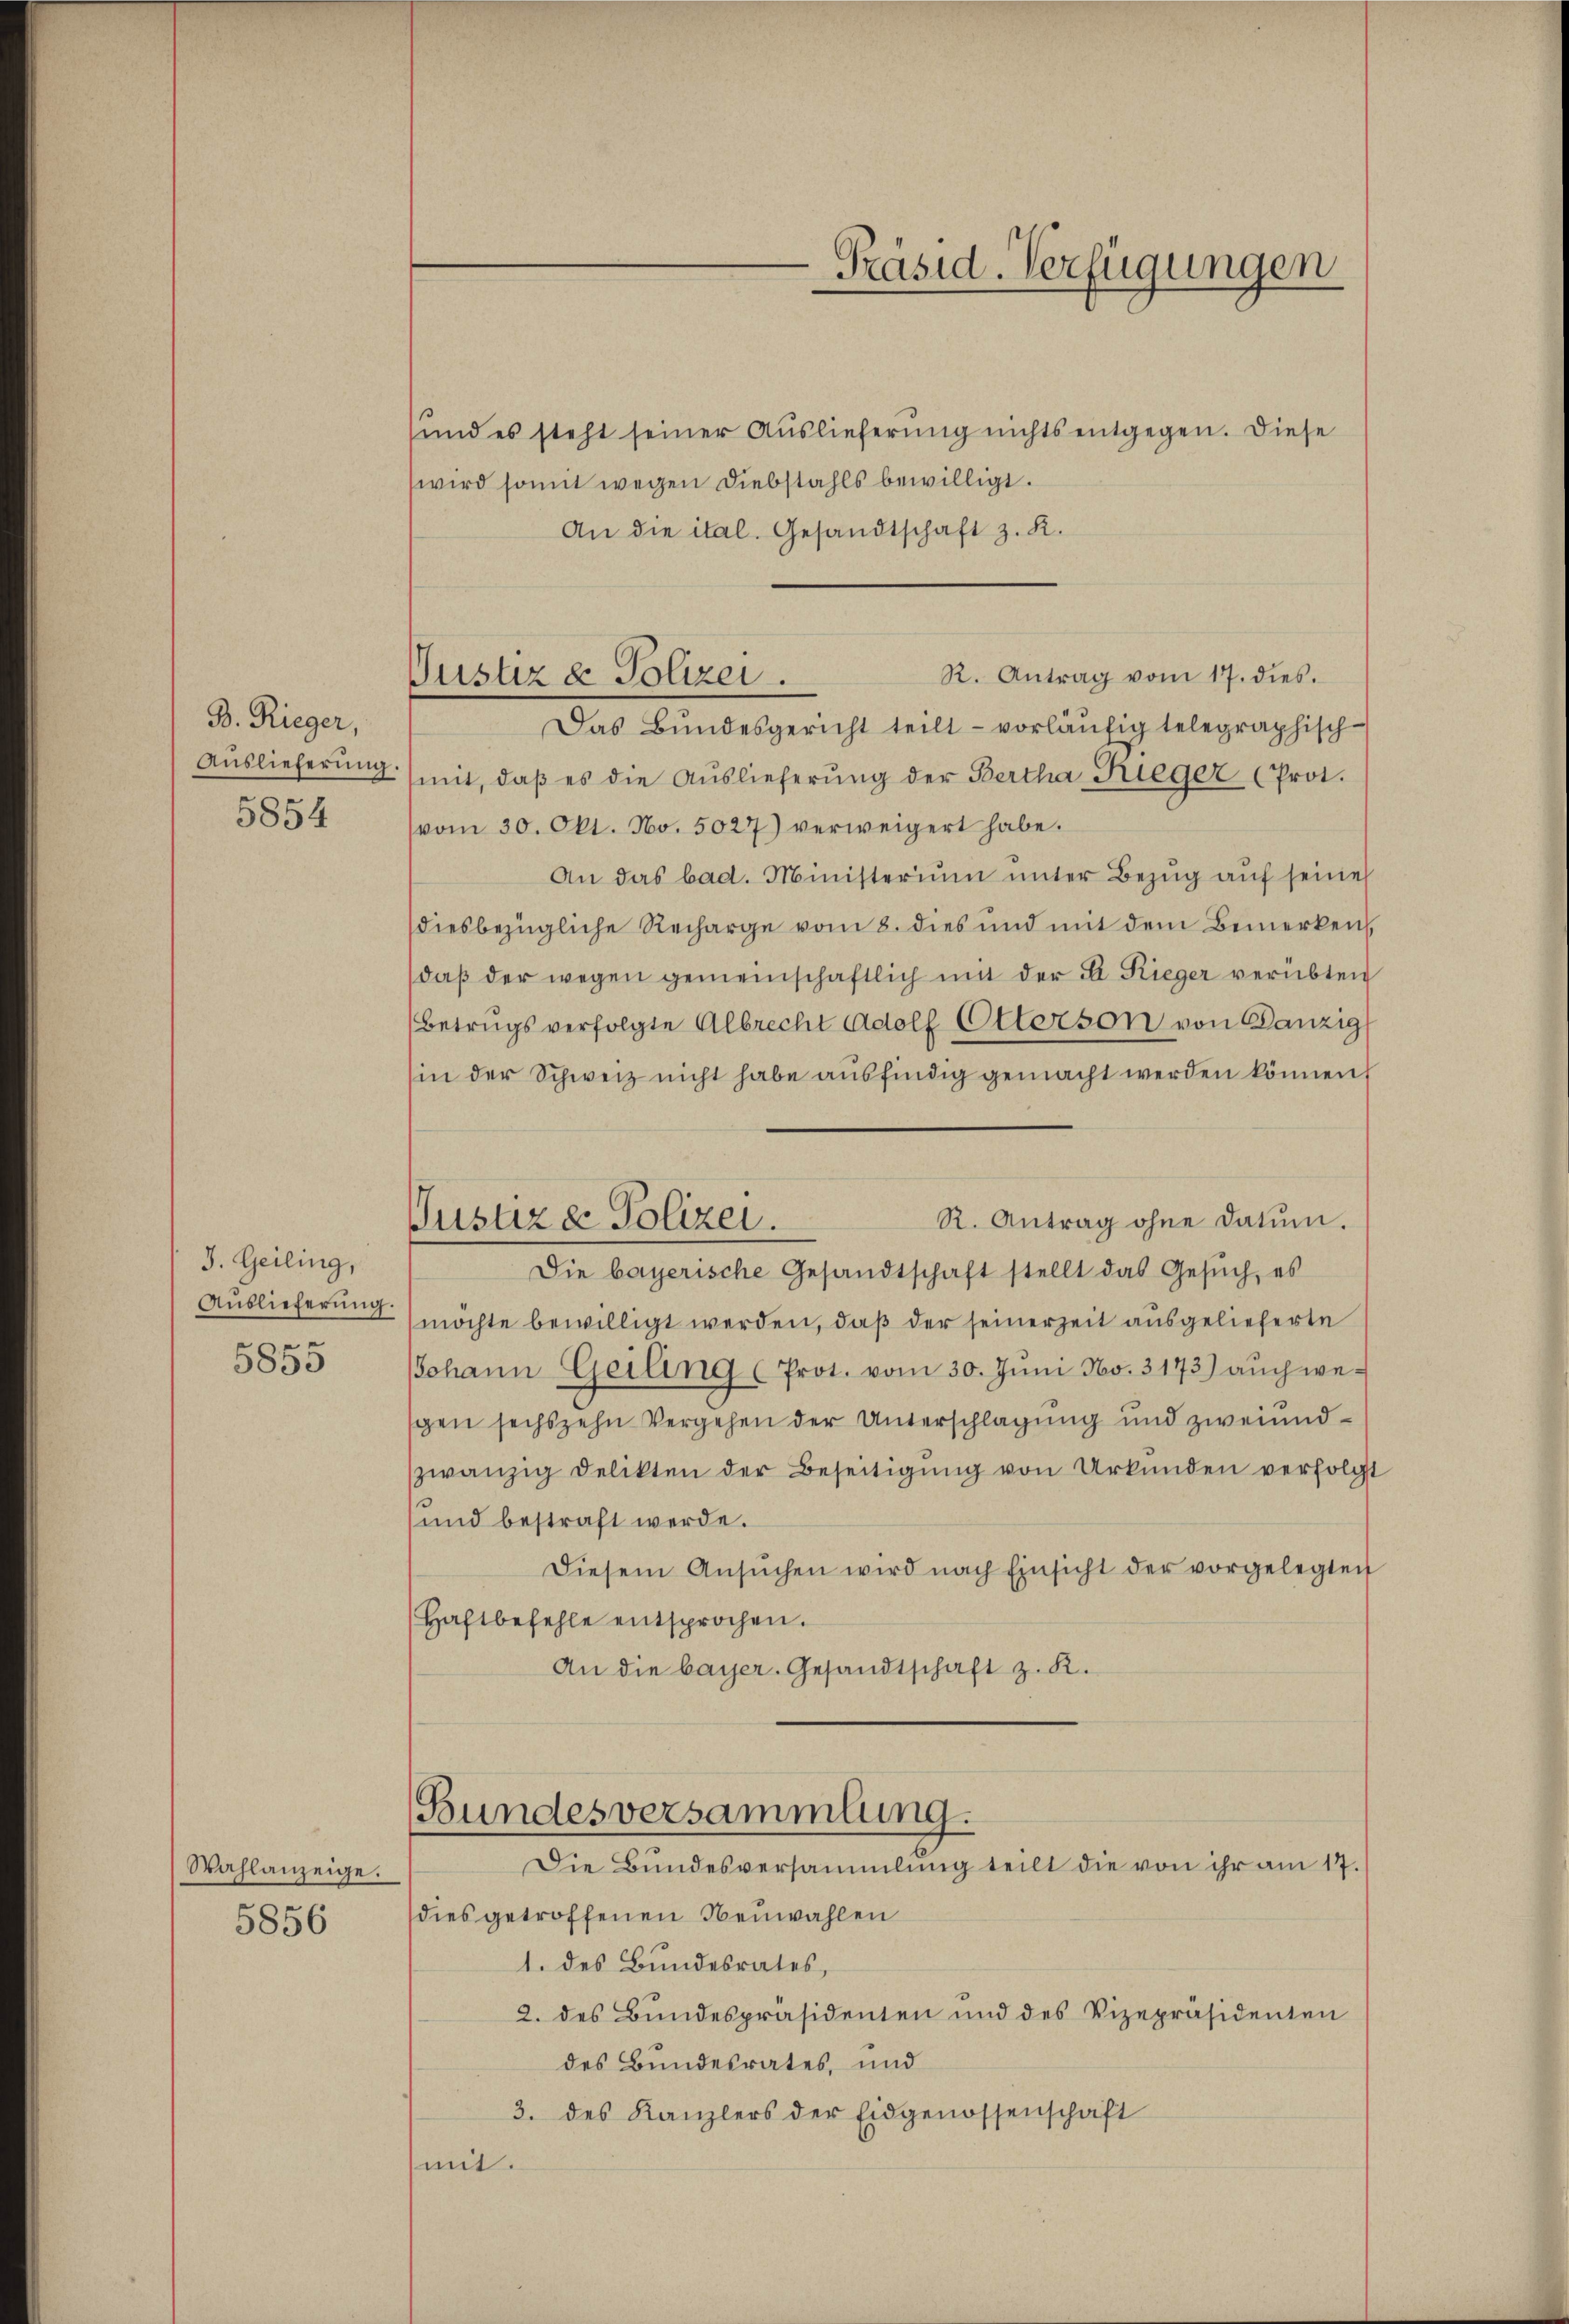
B. Rieger,
Auslieferung.
5854

J. Geiling,
Auslieferung.
x
5850

Wahlanzeige.

5856

Präsid. Verfügungen

R. Antrag vom 17. dies.
Vustiz & Polizei.

sund es steht seiner Auslieferung nichts entgegen. Diese
wird somit wegen Diebstahls bewilligt.
An die ital. Gesandtschaft z. K.
Das Bŭndesgericht teilt vorläŭfig telegraphisch-
mit, daβ es die Auslieferŭng der Bertha Rieger (Prot.
vom 30. Okt. No. 5027) verweigert habe.
An das bad. Ministerium unter Bezug auf seine
diesbezügliche Recharge vom 8. dies und mit dem Bemerken.
daβ der wegen gemeinschaftlich mit der A. Rieger verübten
(Betrugs verfolgte Albrecht Adolf Otterson von Danzig
sin der Schweiz nicht habe aŭsfindig gemacht werden können,
R. Antrag ohne Datum.
Justiz & Polizei.
Die bayerische Gesandtschaft stellt das Gesŭch, es
möchte bewilligt werden, daß der seinerzeit ausgelieferte
JJohann Geiling (Prot. vom 30. Juni No. 3173) auch wegen sechszehn Vergehen der Unterschlagung und zweiundzwanzig Delikten der Beseitigŭng von Urkunden verfolgt
und bestraft werde.
Diesem Ansŭchen wird nach Einsicht der vorgelegten
Haftbefehle entsprochen.
An die bayer. Gesandtschaft z. R.

Bundesversammlung.
Die Bundesversammlung teilt die von ihr am 17.

dies getroffenen Neuwahlen
1. des Bundesrates,
2. des Bundespräsidenten und des Vizepräsidenten
des Bundesrates, und
3. des Kanzlers der Eidgenossenschaft
mit.